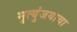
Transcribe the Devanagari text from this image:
मृत्युंजयाचा